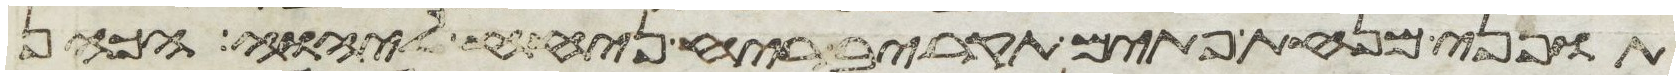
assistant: תופני מנחת פתים תקריב ריח ניחח ליהוה הכהן